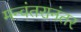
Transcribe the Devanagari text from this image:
मन्वंतरानंतर